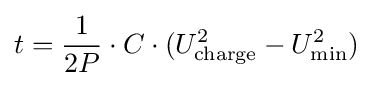
t={\frac {1}{2P}}\cdot C\cdot (U_{\text{charge}}^{2}-U_{\text{min}}^{2})